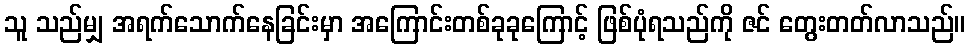
သူ သည်မျှ အရက်သောက်နေခြင်းမှာ အကြောင်းတစ်ခုခုကြောင့် ဖြစ်ပုံရသည်ကို ဇင် တွေးတတ်လာသည်။